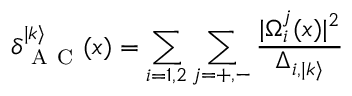
\delta _ { \mathrm { ~ A ~ C ~ } } ^ { | k \rangle } ( x ) = \sum _ { i = 1 , 2 } \sum _ { j = + , - } \frac { | \Omega _ { i } ^ { j } ( x ) | ^ { 2 } } { \Delta _ { i , | k \rangle } }